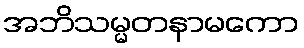
အဘိသမ္မတနာမကော